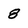
Character: 8